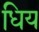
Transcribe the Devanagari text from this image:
धिय